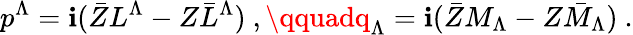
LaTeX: p^{\Lambda}=\mathbf{i}(\bar{{Z}}L^{\Lambda}-Z\bar{{L}}^{\Lambda})\ ,\qquadq_{\Lambda}=\mathbf{i}(\bar{{Z}}M_{\Lambda}-Z\bar{{M}}_{\Lambda})\ .